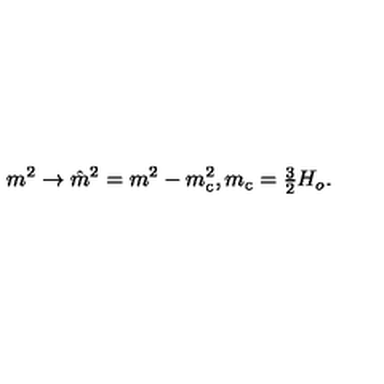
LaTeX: m ^ { 2 } \to \hat { m } ^ { 2 } = m ^ { 2 } - m _ { \mathrm { c } } ^ { 2 } , m _ { \mathrm { c } } = { \textstyle { \frac { 3 } { 2 } } } H _ { o } .